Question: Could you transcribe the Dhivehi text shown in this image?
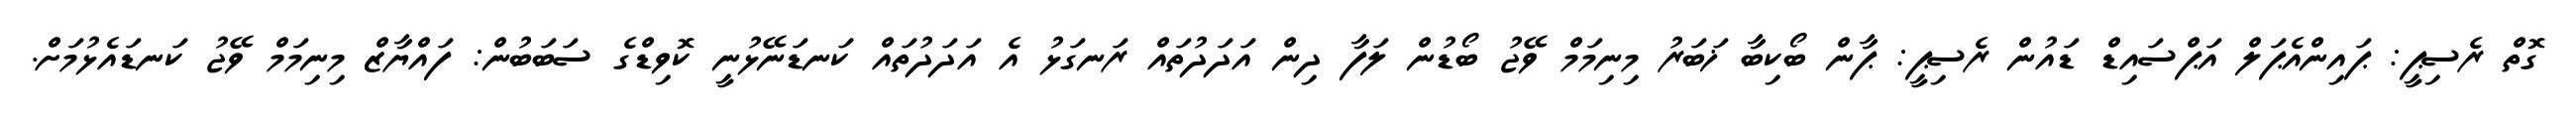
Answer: ގޮތް ރެސިޕީ: ޕައިންއެޕަލް އަޕްސައިޑް ޑައުން ރެސިޕީ: ޕާން ބޯކިބާ ޚަބަރު މިނިމަމް ވޭޖު ބޯޑުން ލަފާ ދިން އަދަދުތައް ރަނގަޅު އެ އަދަދުތައް ކަނޑަނޭޅުނީ ކޮވިޑްގެ ސަބަބުން: ފައްޔާޒް މިނިމަމް ވޭޖު ކަނޑައެޅުމަށް.